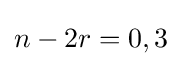
n-2r=0,3